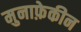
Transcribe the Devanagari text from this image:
मुनाफ़ेकीन